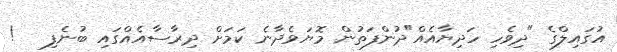
އުގައިލްގެ "ދިވެހި ހަދިޔާއެއް"ދުންފަތުން މޮޔަވެދާނެ ކަމަށް ދިރާސާއެއްގައި ބުނެފި   !